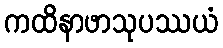
ကထိနာဖာသုပဿယံ